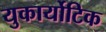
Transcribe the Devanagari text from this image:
युकार्योटिक